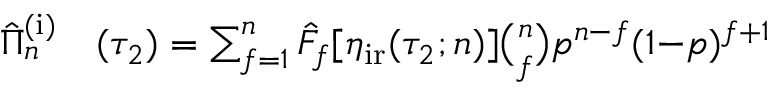
\begin{array} { r l } { \hat { \Pi } _ { n } ^ { \mathrm { ( i ) } } } & { { } ( \tau _ { 2 } ) = \sum _ { f = 1 } ^ { n } \hat { F } _ { f } [ \eta _ { \mathrm { i r } } ( \tau _ { 2 } ; n ) ] \binom { n } { f } p ^ { n - f } ( 1 { - } p ) ^ { f + 1 } } \end{array}